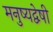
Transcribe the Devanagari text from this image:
मनुष्यद्वेषी